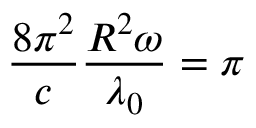
\frac { 8 \pi ^ { 2 } } { c } \frac { R ^ { 2 } \omega } { \lambda _ { 0 } } = \pi